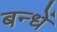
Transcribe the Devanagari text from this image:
बन्धें